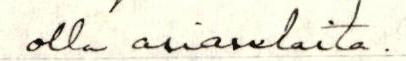
olla asianlaita.